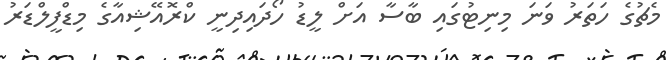
މެޗުގެ ހަތަރު ވަނަ މިނިޓުގައި ބާސާ އަށް ލީޑު ހޯދައިދިނީ ކްރޮއޭޝިއާގެ މިޑްފީލްޑަރު